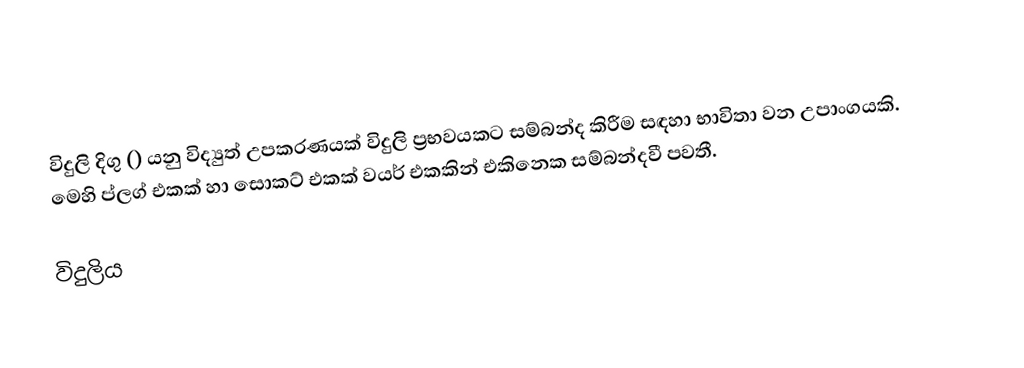
විදුලි දිගු () යනු විද්‍යුත් උපකරණයක් විදුලි ප්‍රභවයකට සම්බන්ද කිරීම සඳහා භාවිතා වන උපාංගයකි. මෙහි ප්ලග් එකක් හා සොකට් එකක් වයර් එකකින් එකිනෙක සම්බන්දවී පවතී.

විදුලිය